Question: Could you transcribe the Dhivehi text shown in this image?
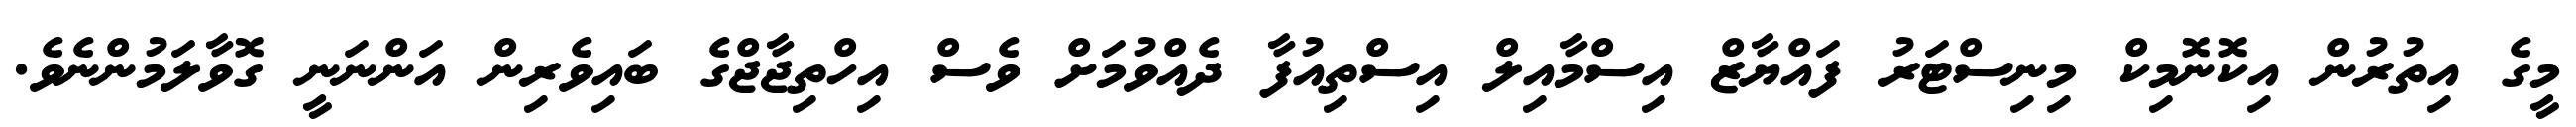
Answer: މީގެ އިތުރުން އިކޮނޮމިކް މިނިސްޓަރު ފައްޔާޒް އިސްމާއިލް އިސްތިއުފާ ދެއްވުމަށް ވެސް އިހްތިޖާޖްގެ ބައިވެރިން އަންނަނީ ގޮވާލަމުންނެވެ.